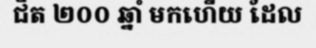
ជិត ២០០ ឆ្នាំ មកហើយ ដែល